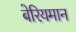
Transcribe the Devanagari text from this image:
बेरियमान